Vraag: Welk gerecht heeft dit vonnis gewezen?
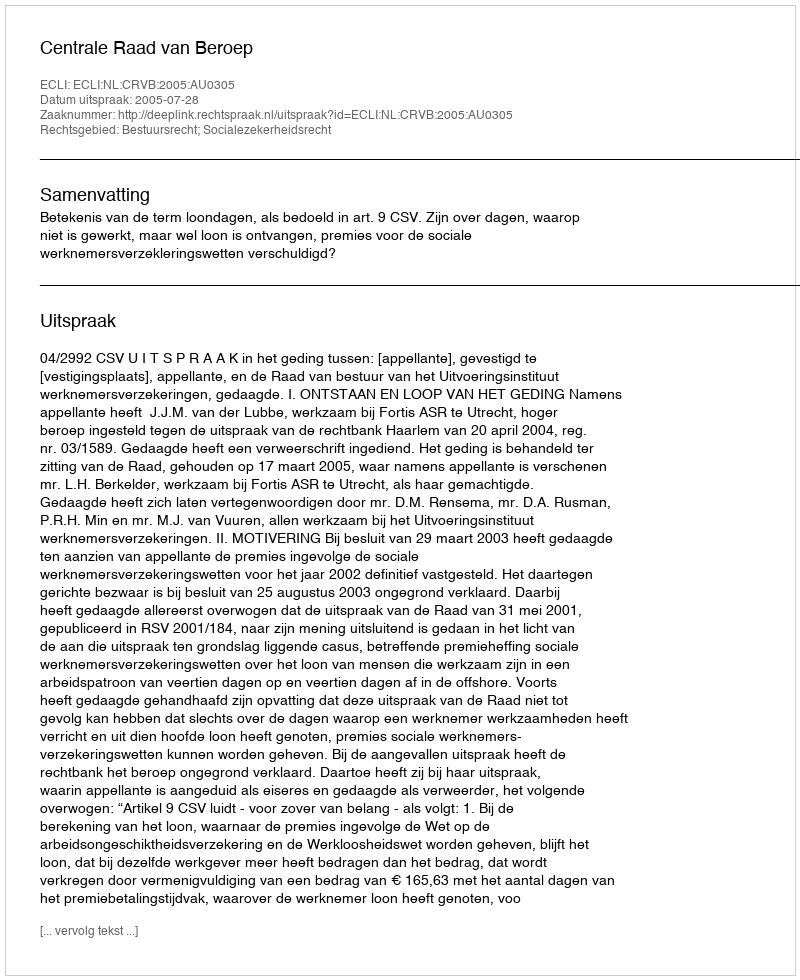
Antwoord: Centrale Raad van Beroep